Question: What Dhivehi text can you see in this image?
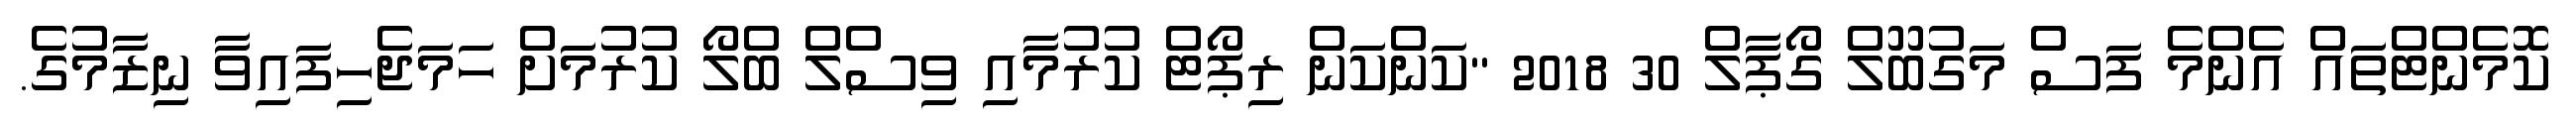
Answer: ކޮމެންޓްތައް އެންމެ ފަސް މަގުބޫލް ގޯޕާލް 30 2018 "ކަންކަން ރިޕޯޓް ކުރުމާއި ވިސްލް ބްލޯ ކުރުމަށް ހަމަޖެހިފައިވާ ނިޒާމުގެ.